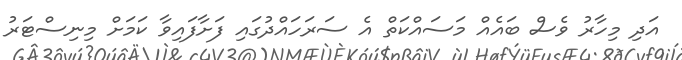
އަދި މިހާރު ވެސް ބައެއް މަސައްކަތް އެ ސަރަހައްދުގައި ފަށާފައިވާ ކަމަށް މިނިސްޓަރު